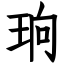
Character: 珦